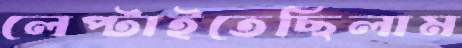
লেপ্‌টাইতেছিলাম